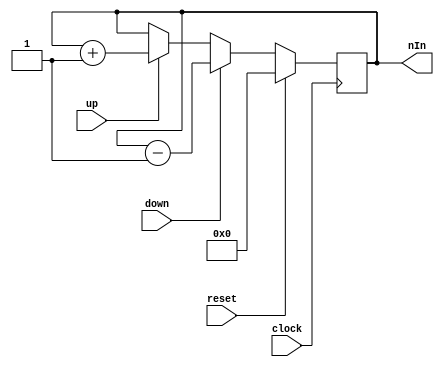
module updown_counter_withclock    (
nIn     ,  // Output of the counter
up  ,  
down,  
reset,
clock     // reset Input
);
//----------Output Ports--------------
    output reg [3:0] nIn;
//------------Input Ports--------------
     input up, down, reset, clock;
//------------Internal Variables--------

   
//-------------Code Starts Here-------
always @(posedge clock)
begin
if (reset) 
  nIn <= 4'b0;
 
else if (down) 
  nIn <= nIn - 1;

else if (up)
  nIn <= nIn +1;
end



//else if (up)

 //nIn = nIn+1;



endmodule